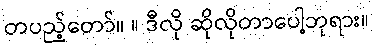
တပည့်တော်။ ။ ဒီလို ဆိုလိုတာပေါ့ဘုရား။